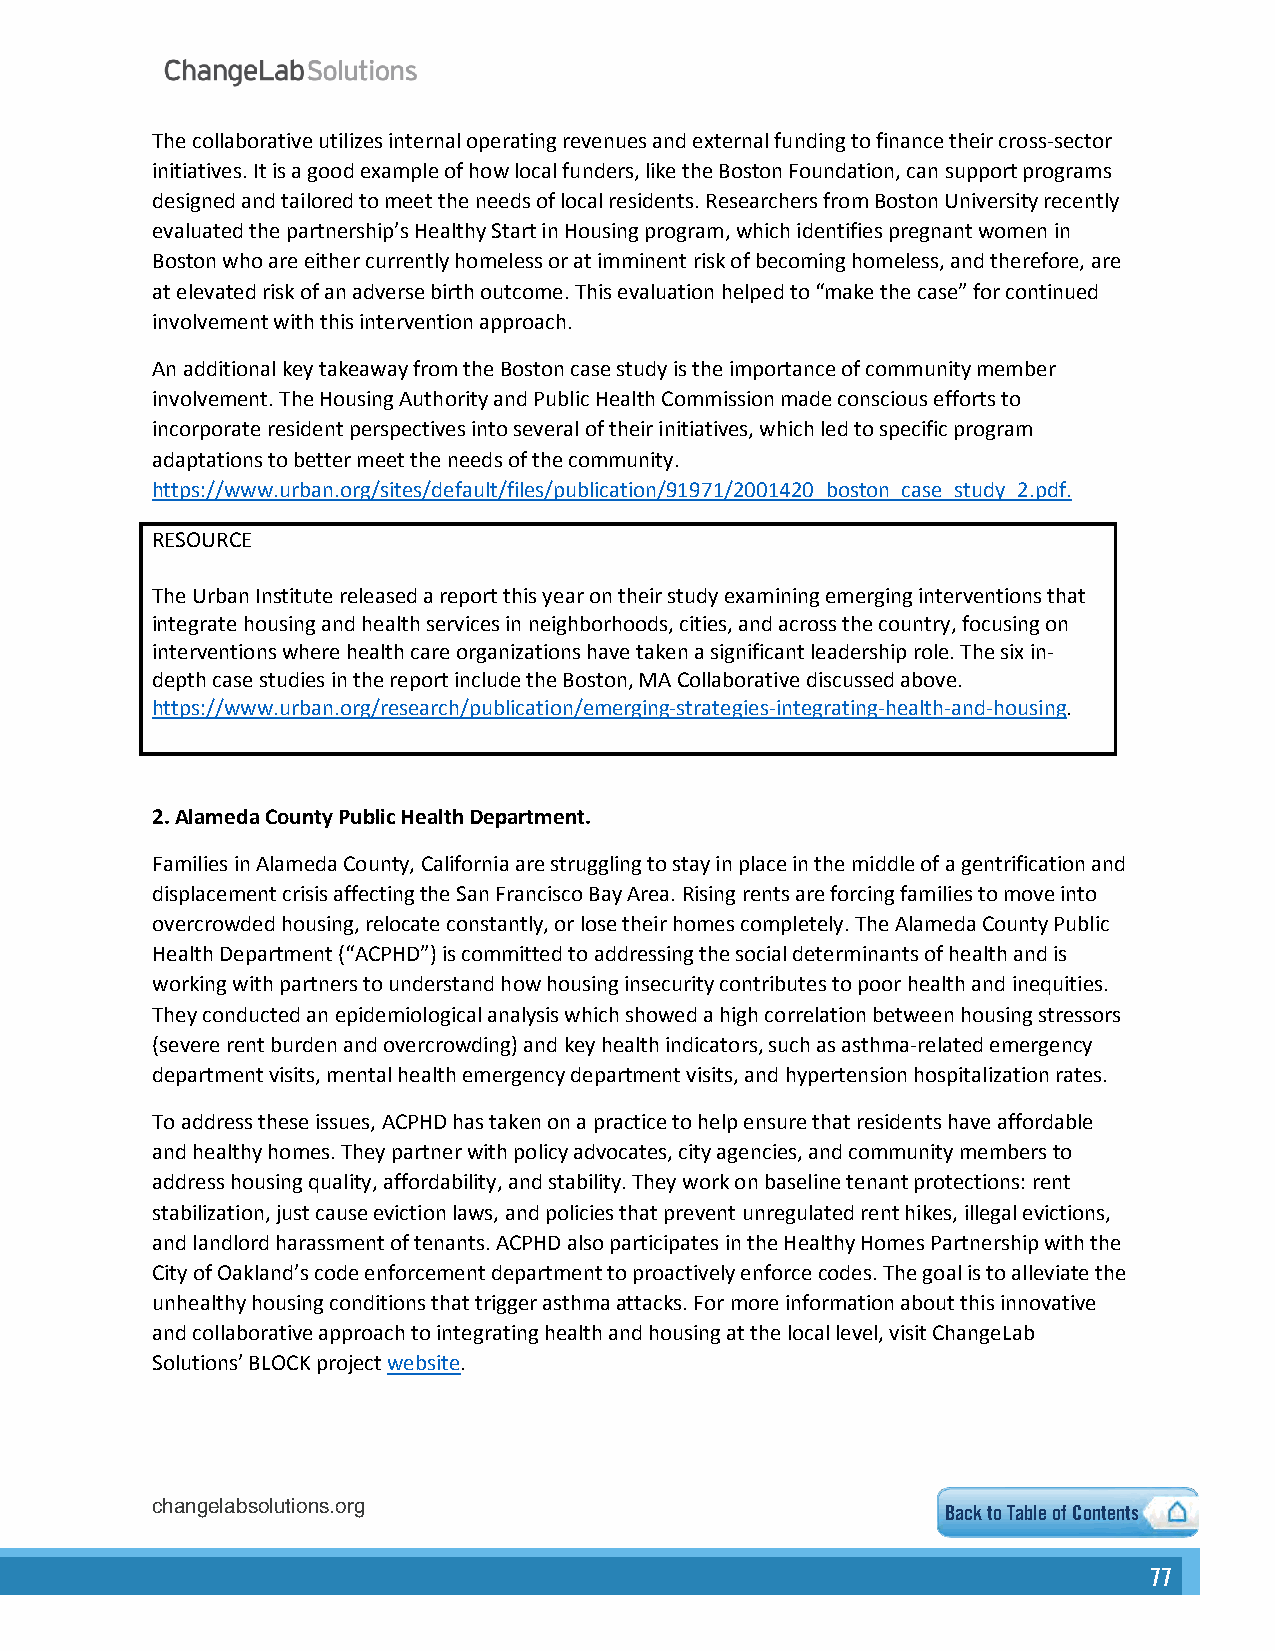
The collaborative utilizes internal operating revenues and external funding to finance their cross-sector
 initiatives. It is a good example of how local funders, like the Boston Foundation, can support programs
 designed and tailored to meet the needs of local residents. Researchers from Boston University recently
 evaluated the partnership’s Healthy Start in Housing program, which identifies pregnant women in
 Boston who are either currently homeless or at imminent risk of becoming homeless, and therefore, are
 at elevated risk of an adverse birth outcome. This evaluation helped to “make the case” for continued
 involvement with this intervention approach.
 An additional key takeaway from the Boston case study is the importance of community member
 involvement. The Housing Authority and Public Health Commission made conscious efforts to
 incorporate resident perspectives into several of their initiatives, which led to specific program
 adaptations to better meet the needs of the community.
 https://www.urban.org/sites/default/files/publication/91971/2001420_boston_case_study_2.pdf.
 RESOURCE
 The Urban Institute released a report this year on their study examining emerging interventions that
 integrate housing and health services in neighborhoods, cities, and across the country, focusing on
 interventions where health care organizations have taken a significant leadership role. The six in-
 depth case studies in the report include the Boston, MA Collaborative discussed above.
 https://www.urban.org/research/publication/emerging-strategies-integrating-health-and-housing.
 2.Alameda County Public Health Department.
 Families in Alameda County, California are struggling to stay in place in the middle of a gentrification and
 displacement crisis affecting the San Francisco Bay Area. Rising rents are forcing families to move into
 overcrowded housing, relocate constantly, or lose their homes completely. The Alameda County Public
 Health Department (“ACPHD”) is committed to addressing the social determinants of health and is
 working with partners to understand how housing insecurity contributes to poor health and inequities.
 They conducted an epidemiological analysis which showed a high correlation between housing stressors
 (severe rent burden and overcrowding) and key health indicators, such as asthma-related emergency
 department visits, mental health emergency department visits, and hypertension hospitalization rates.
 To address these issues, ACPHD has taken on a practice to help ensure that residents have affordable
 and healthy homes. They partner with policy advocates, city agencies, and community members to
 address housing quality, affordability, and stability. They work on baseline tenant protections: rent
 stabilization, just cause eviction laws, and policies that prevent unregulated rent hikes, illegal evictions,
 and landlord harassment of tenants. ACPHD also participates in the Healthy Homes Partnership with the
 City of Oakland’s code enforcement department to proactively enforce codes. The goal is to alleviate the
 unhealthy housing conditions that trigger asthma attacks. For more information about this innovative
 and collaborative approach to integrating health and housing at the local level, visit ChangeLab
 Solutions’ BLOCK project website.
 changelabsolutions.org                               Back to Table of Contents
 77